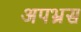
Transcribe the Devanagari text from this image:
अपभ्रस